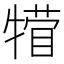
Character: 𪺴